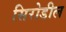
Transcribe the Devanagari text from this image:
सिरोडील